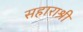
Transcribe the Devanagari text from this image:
सहाराश्री